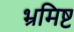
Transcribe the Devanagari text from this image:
भ्रमिष्ट